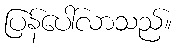
ပြန်ပေါ်လာသည်။